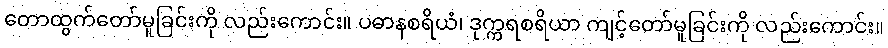
တောထွက်တော်မူခြင်းကို လည်းကောင်း။ ပဓာနစရိယံ၊ ဒုက္ကရစရိယာ ကျင့်တော်မူခြင်းကို လည်းကောင်း။